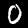
Label: 0